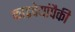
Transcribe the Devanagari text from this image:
काद्रवेयांपैकी